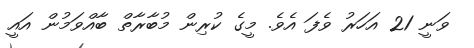
ވަނީ 21 އަހަރު ވެފަ އެވެ. މީގެ ކުރިން މުބާރާތް ބާއްވަމުން އައީ